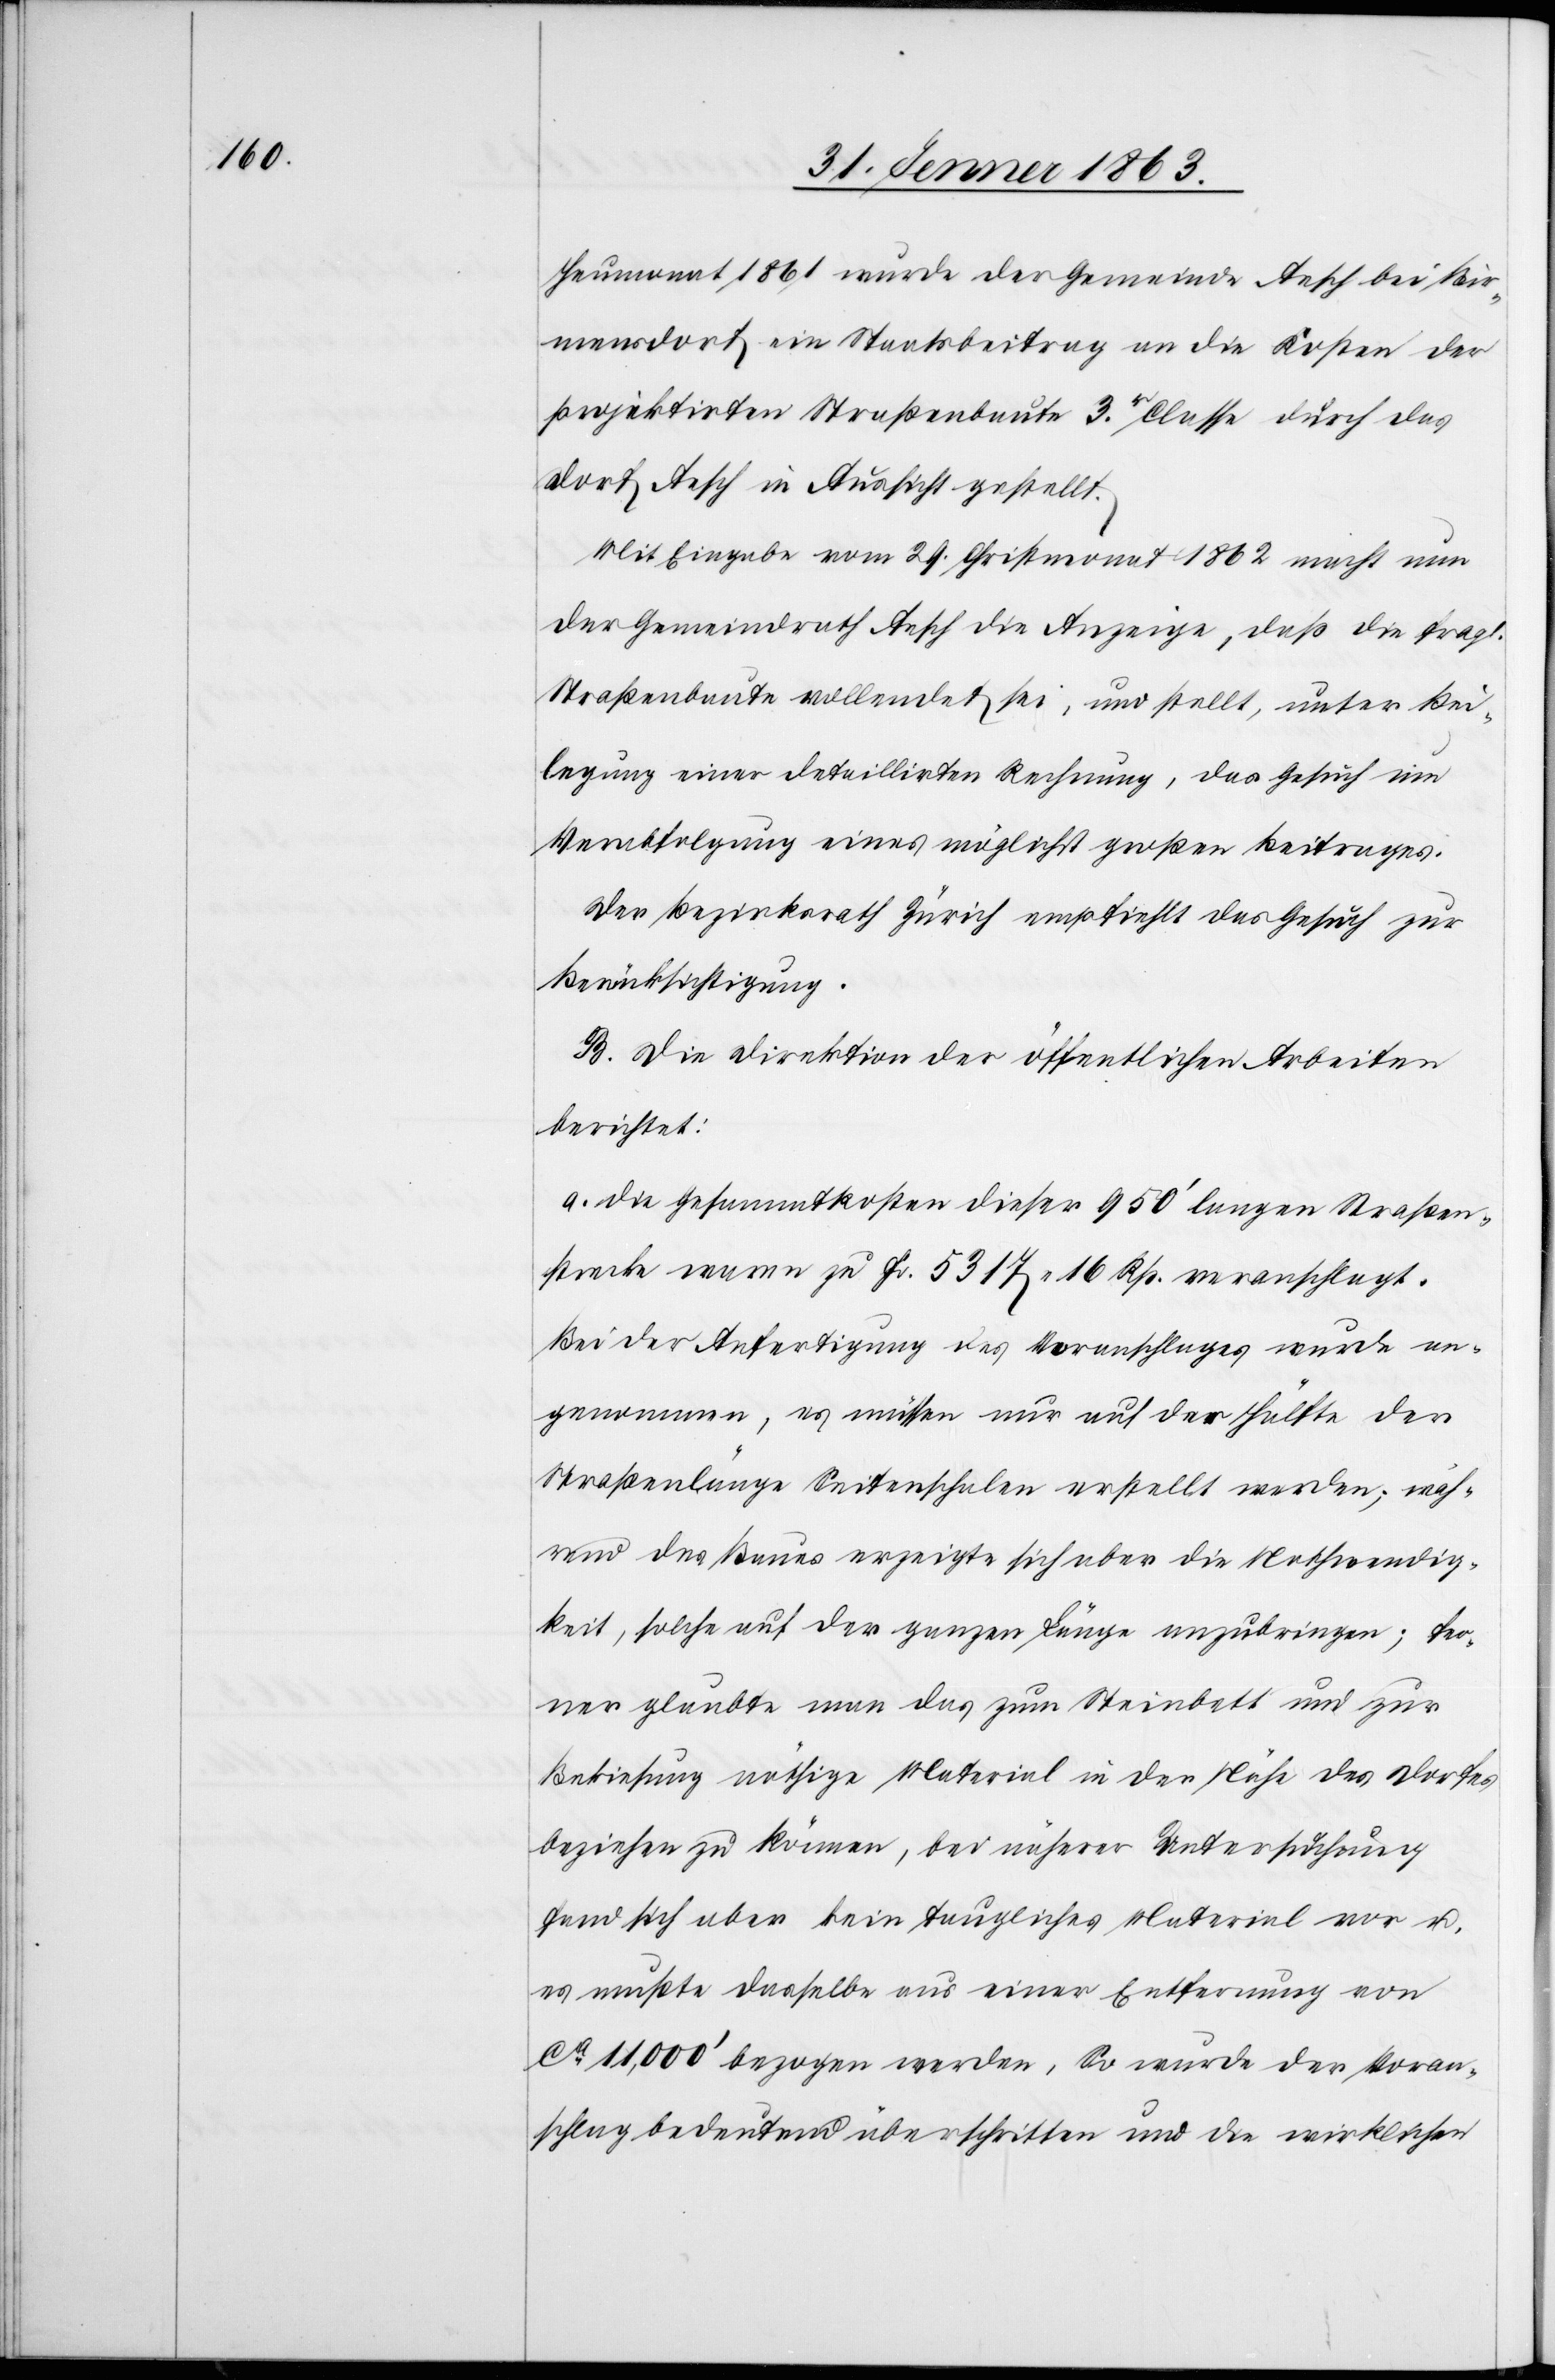
Heumonat 1861 wurde der Gemeinde Aesch bei Bir¬
mensdorf ein Staatsbeitrag an die Kosten der
projektirten Straßenbaute 3r . Classe durch das
Dorf Aesch in Aussicht gestellt.
Mit Eingabe vom 29. Christmonat 1862 macht nun
der Gemeindrath Aesch die Anzeige, daß die fragl.
Straßenbaute vollendet sei, und stellt, unter Bei¬
legung einer detaillirten Rechnung, das Gesuch um
Verabfolgung eines möglichst großen Beitrages.
Der Bezirksrath Zürich empfiehlt das Gesuch zur
Berücksichtigung.
B. Die Direktion der öffentlichen Arbeiten
berichtet:
a. Die Gesammtkosten dieser 950' langen Straßen¬
strecke waren zu Fr. 5317. 16 Rp. veranschlagt.
Bei der Anfertigung des Voranschlages wurde an¬
genommen, es müssen nur auf der Hälfte der
Straßenlänge Seitenschalen erstellt werden; wäh¬
rend des Baues erzeigte sich aber die Nothwendig¬
keit, solche auf der ganzen Länge anzubringen; fer¬
ner glaubte man das zum Steinbett und zur
Bekiesung nöthige Material in der Nähe des Dorfes
beziehen zu können, bei näherer Untersuchung
fand sich aber kein taugliches Material vor u.
es mußte dasselbe aus einer Entfernung von
ca 11,000' bezogen werden, So wurde der Voran¬
schlag bedeutend überschritten und die wirklichen